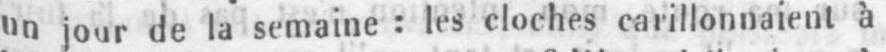
un jour de la semaine: les cloches carillonnaient à